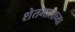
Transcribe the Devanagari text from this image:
शेतमालाच्या